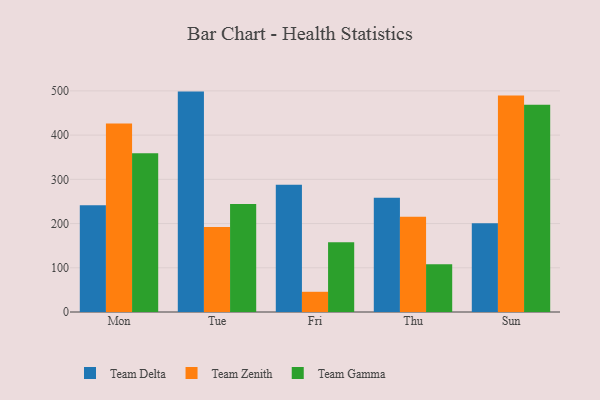
{"axis": {"x": "Day", "y": "Bounce Rate (%)"}, "legend": ["Team Delta", "Team Gamma", "Team Zenith"], "data": [{"x": "Mon", "y": 241.4, "type": "Team Delta"}, {"x": "Mon", "y": 426.1, "type": "Team Zenith"}, {"x": "Mon", "y": 358.9, "type": "Team Gamma"}, {"x": "Tue", "y": 498.4, "type": "Team Delta"}, {"x": "Tue", "y": 192.1, "type": "Team Zenith"}, {"x": "Tue", "y": 244.0, "type": "Team Gamma"}, {"x": "Fri", "y": 287.9, "type": "Team Delta"}, {"x": "Fri", "y": 45.7, "type": "Team Zenith"}, {"x": "Fri", "y": 157.7, "type": "Team Gamma"}, {"x": "Thu", "y": 258.1, "type": "Team Delta"}, {"x": "Thu", "y": 215.6, "type": "Team Zenith"}, {"x": "Thu", "y": 107.8, "type": "Team Gamma"}, {"x": "Sun", "y": 200.9, "type": "Team Delta"}, {"x": "Sun", "y": 489.4, "type": "Team Zenith"}, {"x": "Sun", "y": 468.4, "type": "Team Gamma"}]}